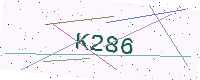
Text: K286